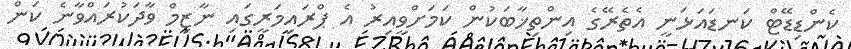
ކެންޑިޑޭޓް ކަނޑައަޅަނީ އެތެރޭގެ އިންތިޚާބަކުން ކަމަށްވީއިރު އެ ޕްރައިމަރީގައި ނާޒިމް ވާދަކުރައްވާނެ ކަން